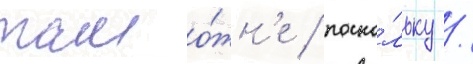
тамо́жн'е / поско́льку /